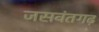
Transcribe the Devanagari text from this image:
जसवंतगढ़